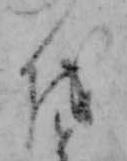
を